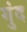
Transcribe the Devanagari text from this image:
गुंद